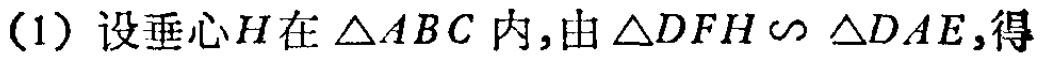
(1) 设垂心\(H\)在\(\triangle ABC\)内,由\(\triangle DFH \backsim \triangle DAE\),得